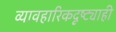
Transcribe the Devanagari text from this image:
व्यावहारिकदृष्ट्याही